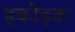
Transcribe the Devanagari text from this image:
इकोइक